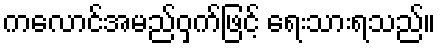
ကလောင်အမည်ဝှက်ဖြင့် ရေးသားရသည်။